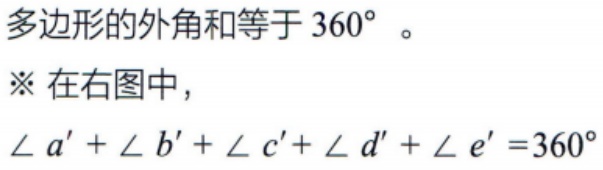
多边形的外角和等于 \(360^{\circ}\)。
※ 在右图中，
\(\angle a' + \angle b' + \angle c'+ \angle d' + \angle e' = 360^{\circ}\)